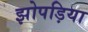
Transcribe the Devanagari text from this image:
झोपड़िया